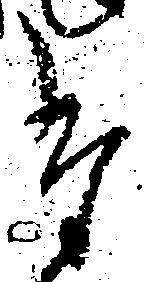
た